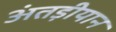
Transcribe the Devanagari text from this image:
अंतड़ीयान